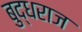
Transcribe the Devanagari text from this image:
बुद्धराज